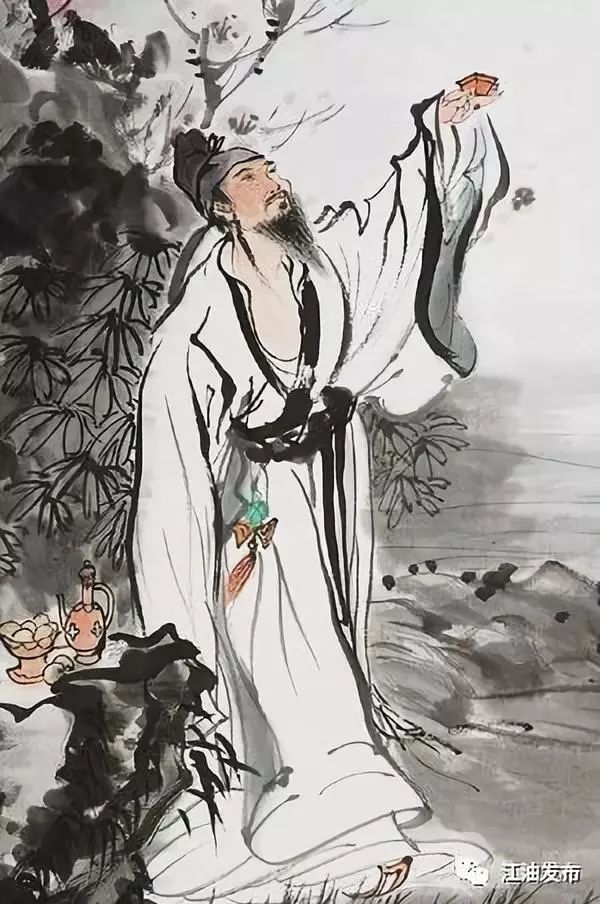
携壶酌流霞，搴菊泛寒荣。